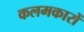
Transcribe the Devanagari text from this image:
कलमकारों